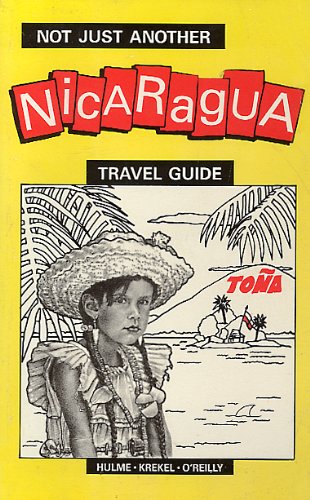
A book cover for Not Just Another Nicaragua Travel Guide; Alan Holme; Travel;